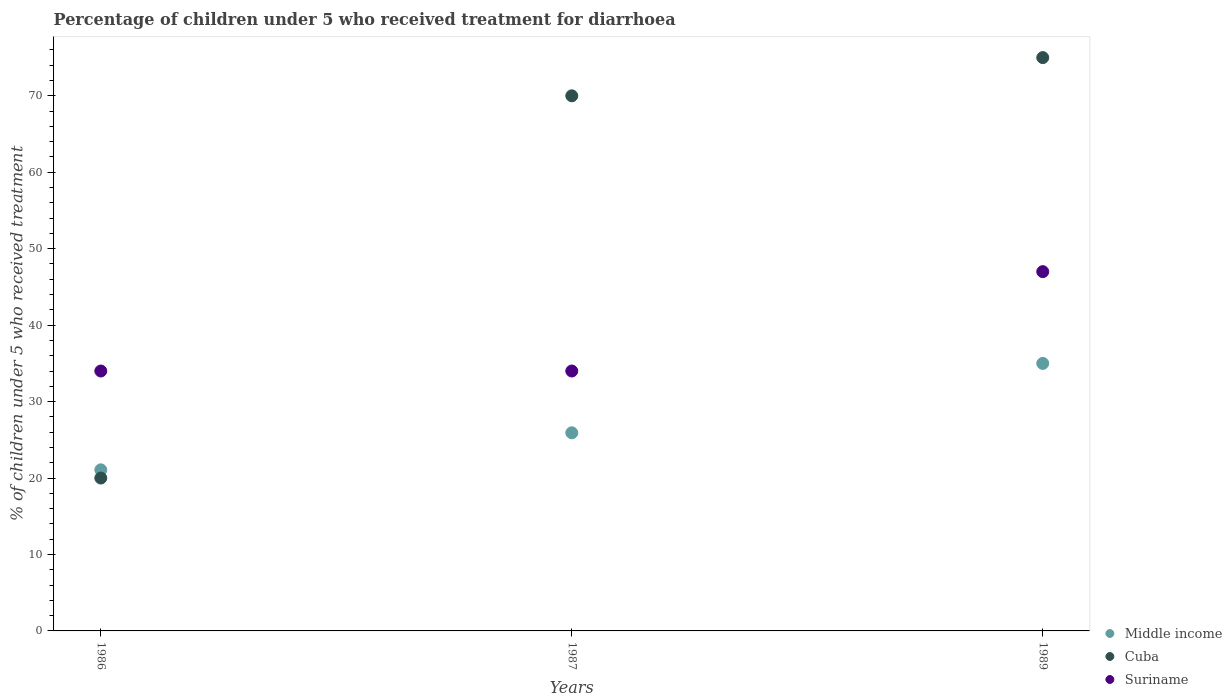
| Years | Middle income | Cuba | Suriname |
 | --- | --- | --- | --- |
 | 1986 | 21.1 | 20 | 34 |
 | 1987 | 25.9 | 70 | 34 |
 | 1989 | 35 | 75 | 47 |